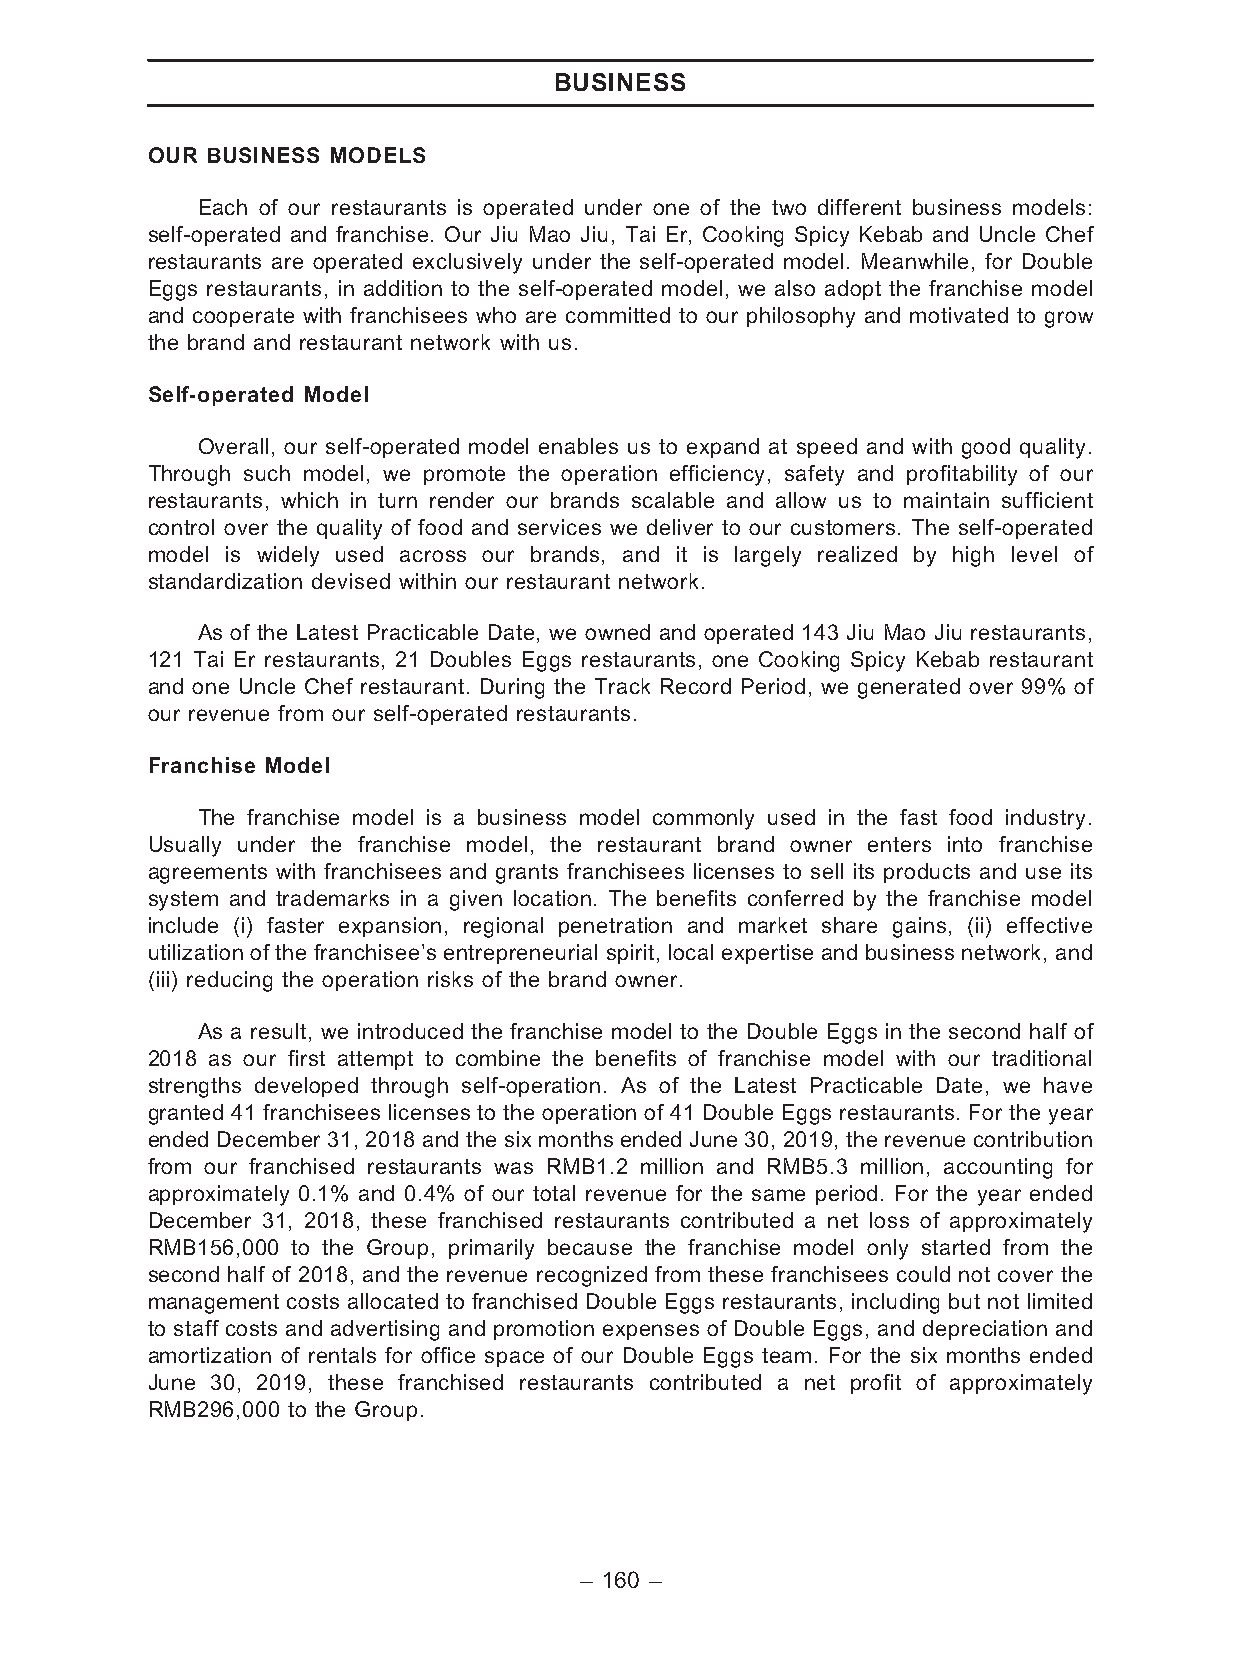
BUSINESS
 OUR BUSINESS MODELS
 Each of our restaurants is operated under one of the two different business models:
 self-operated and franchise. Our Jiu Mao Jiu, Tai Er, Cooking Spicy Kebab and Uncle Chef
 restaurants are operated exclusively under the self-operated model. Meanwhile, for Double
 Eggs restaurants, in addition to the self-operated model, we also adopt the franchise model
 and cooperate with franchisees who are committed to our philosophy and motivated to grow
 the brand and restaurant network with us.
 Self-operated Model
 Overall, our self-operated model enables us to expand at speed and with good quality.
 Through such model, we promote the operation efficiency, safety and profitability of our
 restaurants, which in turn render our brands scalable and allow us to maintain sufficient
 control over the quality of food and services we deliver to our customers. The self-operated
 model is widely used across our brands, and it is largely realized by high level of
 standardization devised within our restaurant network.
 As of the Latest Practicable Date, we owned and operated 143 Jiu Mao Jiu restaurants,
 121 Tai Er restaurants, 21 Doubles Eggs restaurants, one Cooking Spicy Kebab restaurant
 and one Uncle Chef restaurant. During the Track Record Period, we generated over 99% of
 our revenue from our self-operated restaurants.
 Franchise Model
 The franchise model is a business model commonly used in the fast food industry.
 Usually under the franchise model, the restaurant brand owner enters into franchise
 agreements with franchisees and grants franchisees licenses to sell its products and use its
 system and trademarks in a given location. The benefits conferred by the franchise model
 include (i) faster expansion, regional penetration and market share gains, (ii) effective
 utilization of the franchisee’s entrepreneurial spirit, local expertise and business network, and
 (iii) reducing the operation risks of the brand owner.
 As a result, we introduced the franchise model to the Double Eggs in the second half of
 2018 as our first attempt to combine the benefits of franchise model with our traditional
 strengths developed through self-operation. As of the Latest Practicable Date, we have
 granted 41 franchisees licenses to the operation of 41 Double Eggs restaurants. For the year
 ended December 31, 2018 and the six months ended June 30, 2019, the revenue contribution
 from our franchised restaurants was RMB1.2 million and RMB5.3 million, accounting for
 approximately 0.1% and 0.4% of our total revenue for the same period. For the year ended
 December 31, 2018, these franchised restaurants contributed a net loss of approximately
 RMB156,000 to the Group, primarily because the franchise model only started from the
 second half of 2018, and the revenue recognized from these franchisees could not cover the
 management costs allocated to franchised Double Eggs restaurants, including but not limited
 to staff costs and advertising and promotion expenses of Double Eggs, and depreciation and
 amortization of rentals for office space of our Double Eggs team. For the six months ended
 June 30, 2019, these franchised restaurants contributed a net profit of approximately
 RMB296,000 to the Group.
 – 160 –